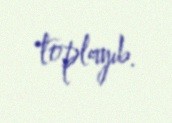
toplayıb.